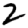
Digit: 2